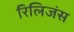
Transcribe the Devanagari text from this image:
रिलिजंस